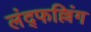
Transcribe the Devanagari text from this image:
लंद्फल्लिंग